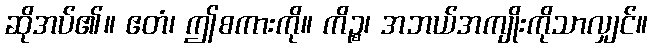
ဆိုအပ်၏။ ဧတံ၊ ဤစကားကို။ ကိဉ္စ၊ အဘယ်အကျိုးကိုသာလျှင်။